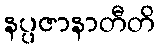
နပ္ပဇာနာတီတိ